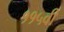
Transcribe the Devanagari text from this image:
११५वी